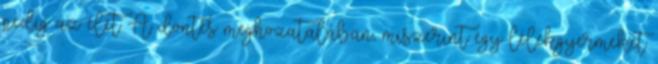
pedig az élet A döntés meghozatalában, miszerint egy lélekgyermeket